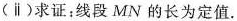
(ⅱ)求证：线段MN的长为定值。